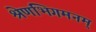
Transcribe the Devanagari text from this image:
श्रेणभिगमनम्